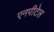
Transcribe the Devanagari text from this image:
एनपीटेल